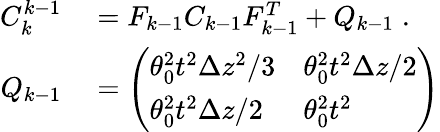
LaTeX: \begin{array}{rl}{C_{k}^{k-1}}&{{}=F_{k-1}C_{k-1}F_{k-1}^{T}+Q_{k-1}\; .}\\ {Q_{k-1}}&{{}=\left(\begin{array}{ll}{\theta_{0}^{2}t^{2}\Delta z^{2}/3}&{\theta_{0}^{2}t^{2}\Delta z/2}\\ {\theta_{0}^{2}t^{2}\Delta z/2}&{\theta_{0}^{2}t^{2}}\end{array}\right)}\end{array}